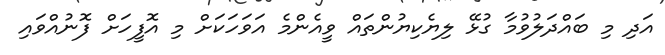
އަދި މި ބައްދަލުވުމާ ގުޅޭ ލިޔެކިޔުންތައް ވީއެންމެ އަވަހަކަށް މި އޮފީހަށް ފޮނުއްވައި